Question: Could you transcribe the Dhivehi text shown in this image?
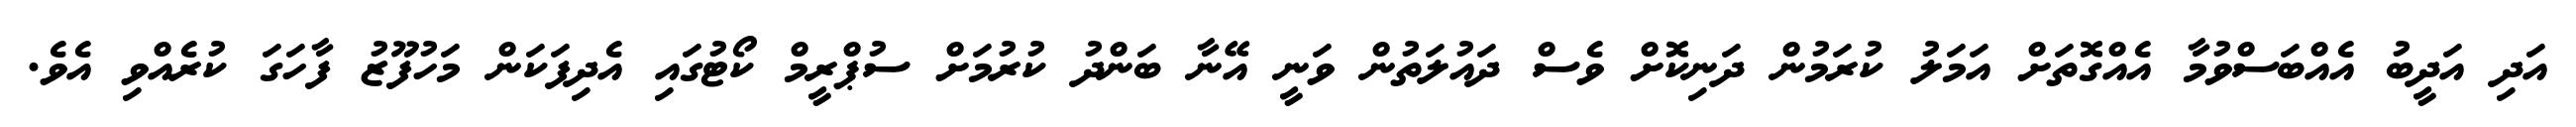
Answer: އަދި އަދީބު އެއްބަސްވުމާ އެއްގޮތަށް އަމަލު ކުރަމުން ދަނިކޮށް ވެސް ދައުލަތުން ވަނީ އޭނާ ބަންދު ކުރުމަށް ސުޕްރީމް ކޯޓުގައި އެދިފަކަން މަހުފޫޒު ފާހަގަ ކުރެއްވި އެވެ.